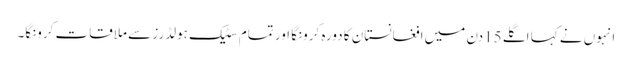
انہوں نے کہا اگلے 15دن میں افغانستان کا دورہ کرونگا اور تمام سٹیک ہولڈرز سے ملاقات کرونگا۔